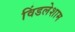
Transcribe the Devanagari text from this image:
विंडलेशाम